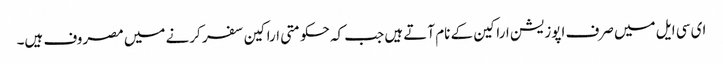
ای سی ایل میں صرف اپوزیشن اراکین کے نام آتے ہیں جب کہ حکومتی اراکین سفر کرنے میں مصروف ہیں۔